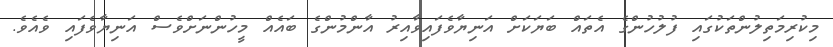
މިކުރިމަތިލުންތަކުގައި ފުލުހުންގެ އެތައް ބަޔަކަށް އަނިޔާވެފައިވާއިރު އާންމުންގެ ބައެއް މީހުންނަށްވެސް އަނިޔާވެފައި ވެއެވެ.